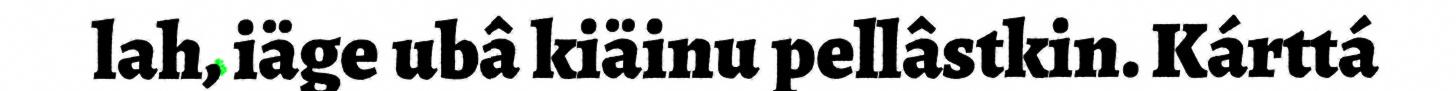
lah, iäge ubâ kiäinu pellâstkin. Kárttá